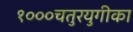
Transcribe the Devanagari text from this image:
१०००चतुरयुगीका